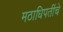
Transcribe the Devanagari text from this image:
मठाधिपतींचे